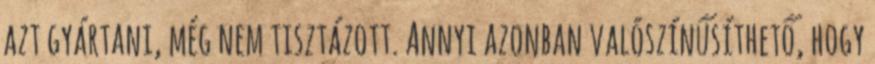
azt gyártani, még nem tisztázott. Annyi azonban valószínűsíthető, hogy